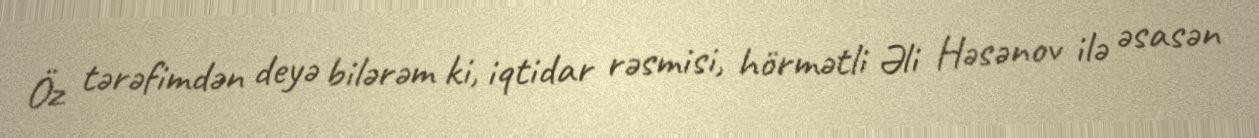
Öz tərəfimdən deyə bilərəm ki, iqtidar rəsmisi, hörmətli Əli Həsənov ilə əsasən